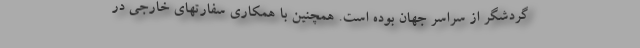
گردشگر از سراسر جهان بوده است. همچنین با همکاری سفارتهای خارجی در